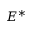
E ^ { * }